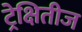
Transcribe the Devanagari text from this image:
ट्रेक्षितीज